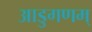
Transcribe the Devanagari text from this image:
आडुगणम्